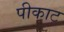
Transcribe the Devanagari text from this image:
पीकाट